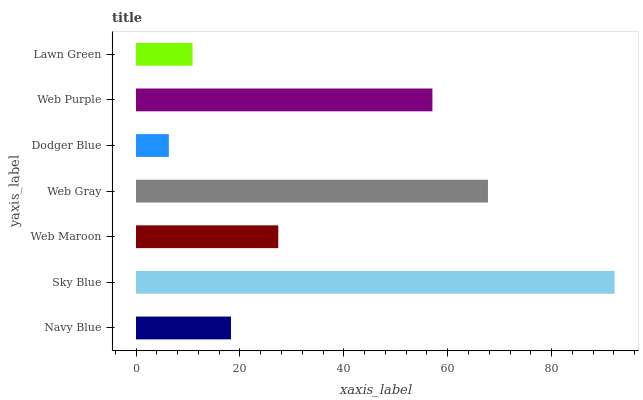
| yaxis_label | bars |
 | --- | --- |
 | Navy Blue | 18.3 |
 | Sky Blue | 92.1 |
 | Web Maroon | 27.4 |
 | Web Gray | 67.7 |
 | Dodger Blue | 6.32 |
 | Web Purple | 57.1 |
 | Lawn Green | 10.9 |